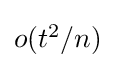
{\textstyle o(t^{2}/n)}